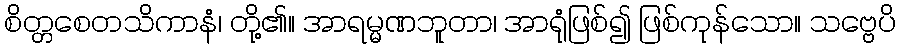
စိတ္တစေတသိကာနံ၊ တို့၏။ အာရမ္မဏဘူတာ၊ အာရုံဖြစ်၍ ဖြစ်ကုန်သော။ သဗ္ဗေပိ